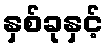
နှစ်ခုနှင့်